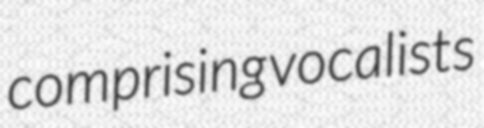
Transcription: comprising vocalists